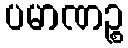
ပမာဏဉ္စ